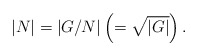
\begin{align*}|N|=|G/N|\left(=\sqrt{|G|}\right).\end{align*}